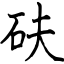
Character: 砆